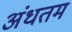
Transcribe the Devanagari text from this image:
अंधतम